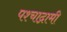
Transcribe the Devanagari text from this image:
पश्चाद्गामी